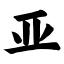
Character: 亚